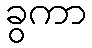
ခွကာ